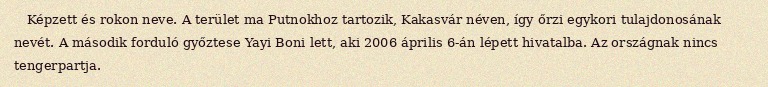
Képzett és rokon neve. A terület ma Putnokhoz tartozik, Kakasvár néven, így őrzi egykori tulajdonosának nevét. A második forduló győztese Yayi Boni lett, aki 2006 április 6-án lépett hivatalba. Az országnak nincs tengerpartja.